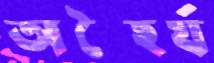
অস্হৈর্য